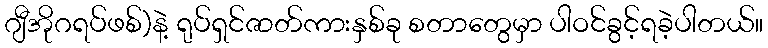
ဂျီအိုဂရပ်ဖစ်)နဲ့ ရုပ်ရှင်ဇာတ်ကားနှစ်ခု စတာတွေမှာ ပါဝင်ခွင့်ရခဲ့ပါတယ်။